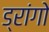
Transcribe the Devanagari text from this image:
ड्रांगो